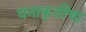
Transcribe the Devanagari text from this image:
घनाकृतींचा